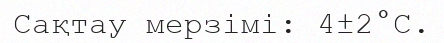
Сақтау мерзімі: 4±2°С.